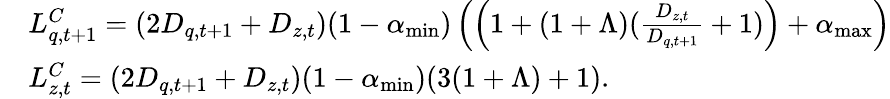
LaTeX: \begin{array}{rl}&{L_{q,t+1}^{C}=(2D_{q,t+1}+D_{z,t})(1-\alpha_{\operatorname*{min}})\left(\left(1+(1+\Lambda)(\frac{D_{z,t}}{D_{q,t+1}}+1)\right)+\alpha_{\operatorname*{max}}\right)}\\ &{L_{z,t}^{C}=(2D_{q,t+1}+D_{z,t})(1-\alpha_{\operatorname*{min}})(3(1+\Lambda)+1).}\end{array}